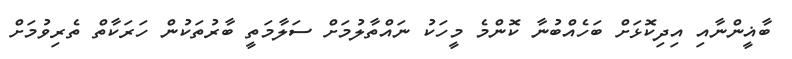
ބާޣީންނާއި އިދިކޮޅަށް ބަހެއްބުނާ ކޮންމެ މީހަކު ނައްތާލުމަށް ސަލާމަތީ ބާރުތަކުން ހަރަކާތް ތެރިވުމަށް